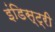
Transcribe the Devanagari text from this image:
इंडिस्ट्री